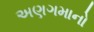
અણગમાનો